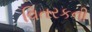
વિતરકની